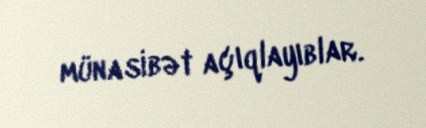
münasibət açıqlayıblar.